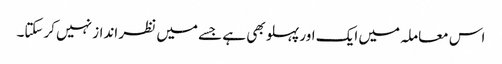
اس معاملہ میں ایک اور پہلو بھی ہے جسے میں نظر انداز نہیں کرسکتا۔